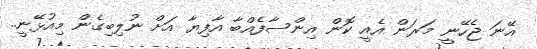
އޭނަ ޖެހޭނީ މަރަން އެއީ ކޮން އިންސާފެއްބާ އާފިޔާ އަށް ނުލިބިގެން މިއުޅޭނީ..